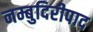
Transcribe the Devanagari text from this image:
नम्बुदिरीपाद